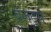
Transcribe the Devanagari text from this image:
बॅलट्स